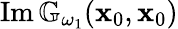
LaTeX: \operatorname{Im}\mathbb{G}_{\omega_{1}}(\mathbf{x}_{0},\mathbf{x}_{0})